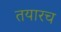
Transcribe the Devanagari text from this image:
तयारच